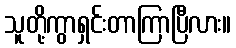
သူတို့ကွာရှင်းတာကြာပြီလား။